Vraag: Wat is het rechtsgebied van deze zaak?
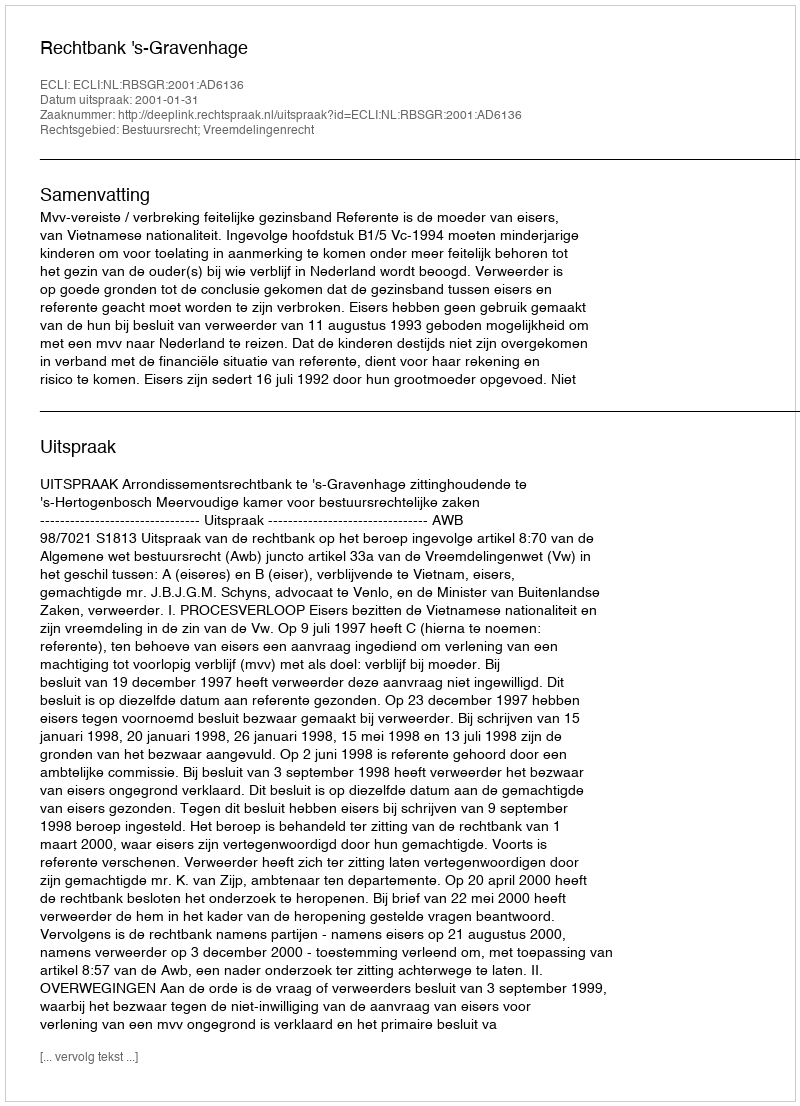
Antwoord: Bestuursrecht; Vreemdelingenrecht